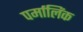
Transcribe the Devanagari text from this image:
पर्मालिंक